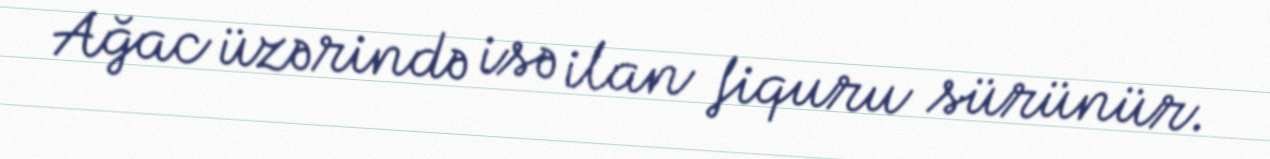
Ağac üzərində isə ilan fiquru sürünür.